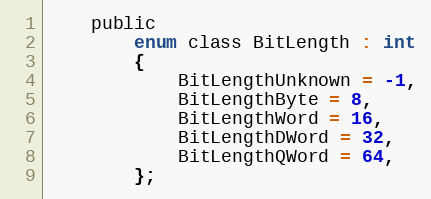
Language: C
    public
        enum class BitLength : int
        {
            BitLengthUnknown = -1,
            BitLengthByte = 8,
            BitLengthWord = 16,
            BitLengthDWord = 32,
            BitLengthQWord = 64,
        };